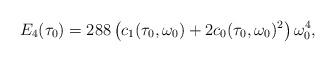
LaTeX: \begin{align*} E_4(\tau_0)=288\left(c_1(\tau_0,\omega_0) + 2c_0(\tau_0,\omega_0)^2\right)\omega_0^4,\end{align*}